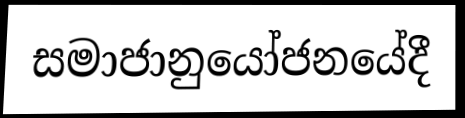
සමාජානුයෝජනයේදී